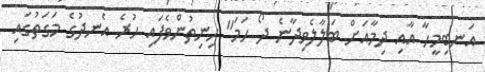
އަނބިމީހާ އާއި ދިމާއަށް ބަލާލެވިދާނެ ދޯ ހަމަ" ހިނިތުންވެފައި ހުރެ އެނދުގެ މަގަތުގައި